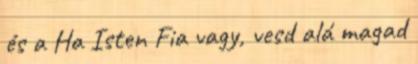
és a Ha Isten Fia vagy, vesd alá magad